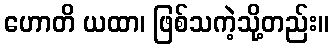
ဟောတိ ယထာ၊ ဖြစ်သကဲ့သို့တည်း။